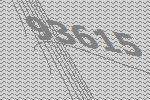
93615